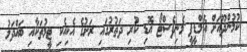
ކުމުންދޫއަށް އެމްޑީޕީ މެނިފެސްޓޯ އޮޑި ކުރި ދަތުރުގައި ރަށުގެ އެކިއެކި ޓީމުތަކާއި ބައްދަލު